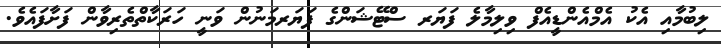
ލިބުމާއި އެކު އެމްއެންޑީއެފް ވިލިމާލެ ފަޔަރ ސްޓޭޝަންގެ ފަޔަރމަނުން ވަނީ ހަރަކާތްތެރިވާން ފަށާފައެވެ.